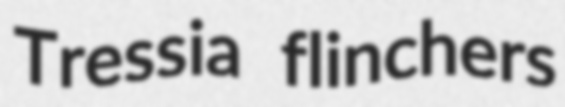
Tressia flinchers